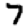
Digit: 7